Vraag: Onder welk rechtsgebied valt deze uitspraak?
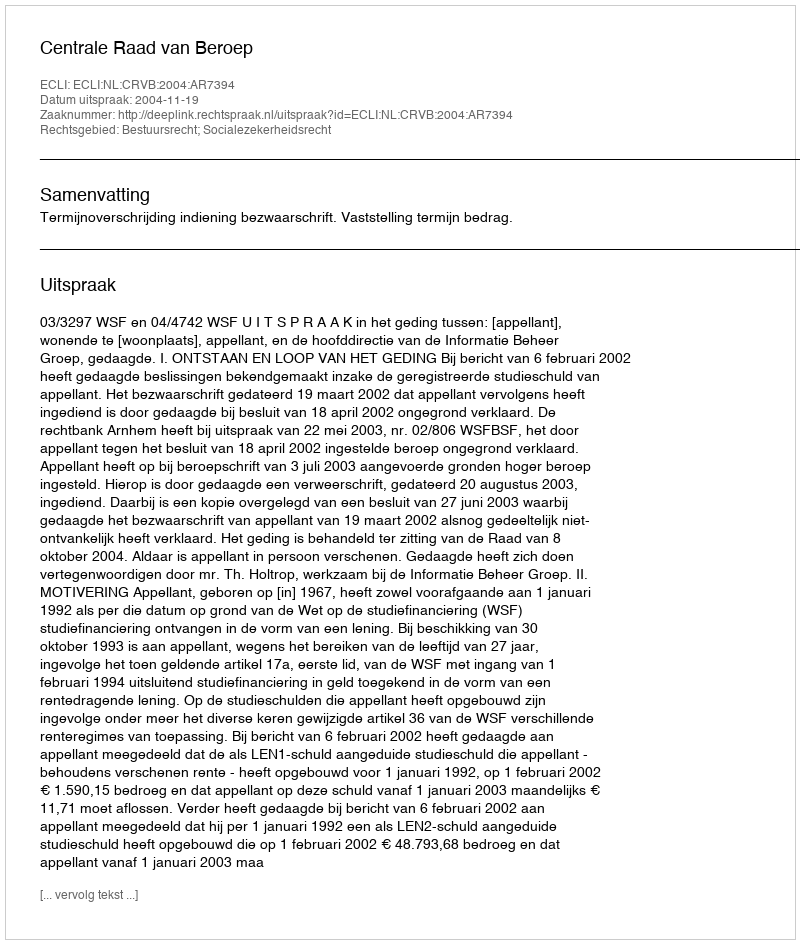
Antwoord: Bestuursrecht; Socialezekerheidsrecht